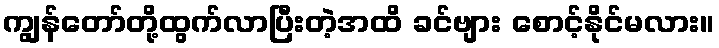
ကျွန်တော်တို့ထွက်လာပြီးတဲ့အထိ ခင်ဗျား စောင့်နိုင်မလား။